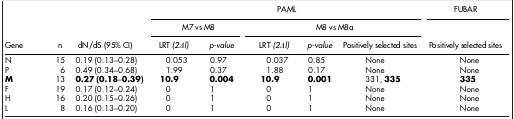
<table><thead><tr><td><b> </b></td><td><b> </b></td><td><b> </b></td><td colspan="5"><b>PAML</b></td><td><b>FUBAR</b></td></tr><tr><td><b> </b></td><td><b> </b></td><td><b> </b></td><td colspan="2"><b> M7 vs M8</b></td><td colspan="3"><b> M8 vs M8a</b></td><td><b> </b></td></tr><tr><td><b>Gene</b></td><td><b>n</b></td><td><b>dN/dS (95% CI)</b></td><td><b>LRT <i>(2Δl)</i></b></td><td><b><i>p-value</i></b></td><td><b>LRT <i>(2Δl)</i></b></td><td><b><i>p-value</i></b></td><td><b>Positively selected sites</b></td><td><b>Positively selected sites</b></td></tr></thead><tbody><tr><td>N</td><td>15</td><td>0.19 (0.13–0.28)</td><td>0.053</td><td>0.97</td><td>0.037</td><td>0.85</td><td>None</td><td>None</td></tr><tr><td>P</td><td>6</td><td>0.49 (0.34–0.68)</td><td>1.99</td><td>0.37</td><td>1.88</td><td>0.17</td><td>None</td><td>None</td></tr><tr><td><b>M</b></td><td>13</td><td><b>0.27 (0.18</b>–<b>0.39)</b></td><td><b>10.9</b></td><td><b>0.004</b></td><td><b>10.9</b></td><td><b>0.001</b></td><td>331, <b>335</b></td><td><b>335</b></td></tr><tr><td>F</td><td>19</td><td>0.17 (0.12–0.24)</td><td>0</td><td>1</td><td>0</td><td>1</td><td>None</td><td>None</td></tr><tr><td>H</td><td>16</td><td>0.20 (0.15–0.26)</td><td>0</td><td>1</td><td>0</td><td>1</td><td>None</td><td>None</td></tr><tr><td>L</td><td>8</td><td>0.16 (0.13–0.20)</td><td>0</td><td>1</td><td>0</td><td>1</td><td>None</td><td>None</td></tr></tbody></table>